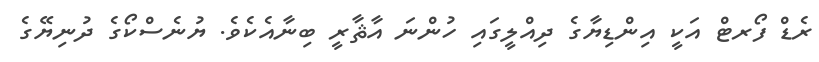
ރެޑް ފޯރޓް އަކީ އިންޑިޔާގެ ދިއްލީގައި ހުންނަ އާޘާރީ ބިނާއެކެވެ. ޔުނެސްކޯގެ ދުނިޔޭގެ